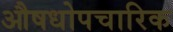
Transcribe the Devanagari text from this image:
औषधोपचारिक